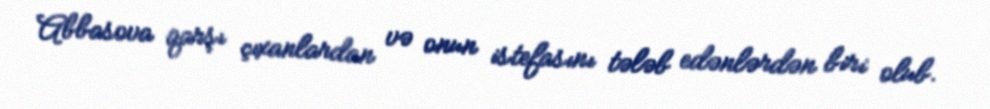
Abbasova qarşı çıxanlardan və onun istefasını tələb edənlərdən biri olub.